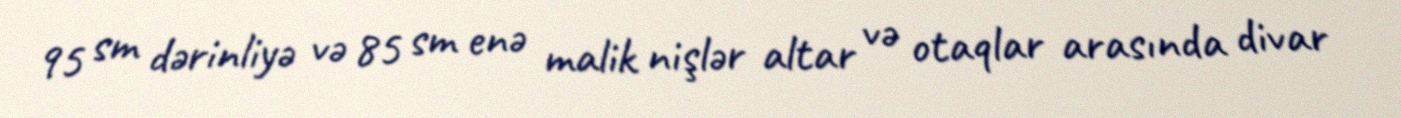
95 sm dərinliyə və 85 sm enə malik nişlər altar və otaqlar arasında divar